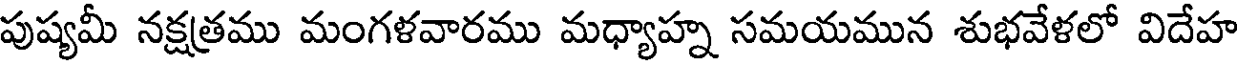
పుష్యమీ నక్షతము మంగళవారము మధ్యాహ్న సమయమున శుభవేళలో విదేహ